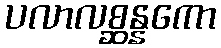
ပလာလစ္ဆန္နကော